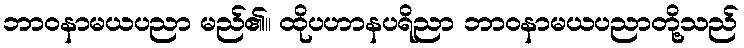
ဘာဝနာမယပညာ မည်၏။ ထိုပဟာနပရိညာ ဘာဝနာမယပညာတို့သည်